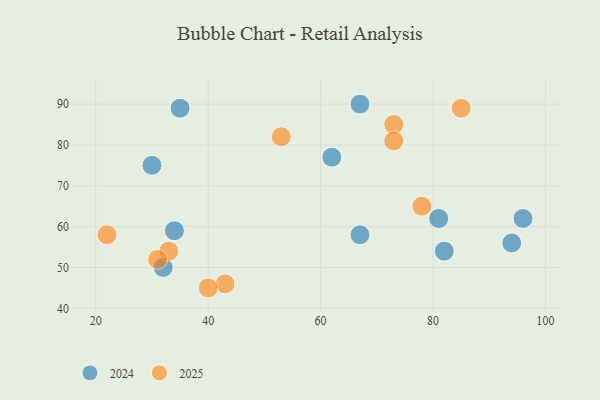
{"axis": {"x": "GDP", "y": "Life Expectancy"}, "legend": ["2024", "2025"], "data": [{"x": "43", "y": 46, "type": "2025"}, {"x": "73", "y": 85, "type": "2025"}, {"x": "53", "y": 82, "type": "2025"}, {"x": "73", "y": 81, "type": "2025"}, {"x": "40", "y": 45, "type": "2025"}, {"x": "33", "y": 54, "type": "2025"}, {"x": "78", "y": 65, "type": "2025"}, {"x": "31", "y": 52, "type": "2025"}, {"x": "22", "y": 58, "type": "2025"}, {"x": "85", "y": 89, "type": "2025"}, {"x": "34", "y": 59, "type": "2024"}, {"x": "82", "y": 54, "type": "2024"}, {"x": "30", "y": 75, "type": "2024"}, {"x": "35", "y": 89, "type": "2024"}, {"x": "94", "y": 56, "type": "2024"}, {"x": "96", "y": 62, "type": "2024"}, {"x": "67", "y": 90, "type": "2024"}, {"x": "67", "y": 58, "type": "2024"}, {"x": "62", "y": 77, "type": "2024"}, {"x": "81", "y": 62, "type": "2024"}, {"x": "32", "y": 50, "type": "2024"}]}